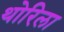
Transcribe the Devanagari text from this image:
थोरिला